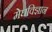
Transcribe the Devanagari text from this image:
मेघविज्ञान